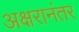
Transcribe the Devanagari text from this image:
अक्षरानंतर